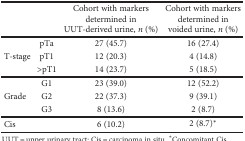
<table><thead><tr><td></td><td></td><td><b>Cohort with markers determined in UUT-derived urine, <i>n</i> (%)</b></td><td><b>Cohort with markers determined in voided urine, <i>n</i> (%)</b></td></tr></thead><tbody><tr><td rowspan="3">T-stage</td><td>pTa</td><td>27 (45.7)</td><td>16 (27.4)</td></tr><tr><td>pT1</td><td>12 (20.3)</td><td>4 (14.8)</td></tr><tr><td>&gt;pT1</td><td>14 (23.7)</td><td>5 (18.5)</td></tr><tr><td rowspan="3">Grade</td><td>G1</td><td>23 (39.0)</td><td>12 (52.2)</td></tr><tr><td>G2</td><td>22 (37.3)</td><td>9 (39.1)</td></tr><tr><td>G3</td><td>8 (13.6)</td><td>2 (8.7)</td></tr><tr><td colspan="2">Cis</td><td>6 (10.2)</td><td>2 (8.7)<sup>∗</sup></td></tr></tbody></table>